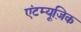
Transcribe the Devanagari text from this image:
एंटम्यूज़िक